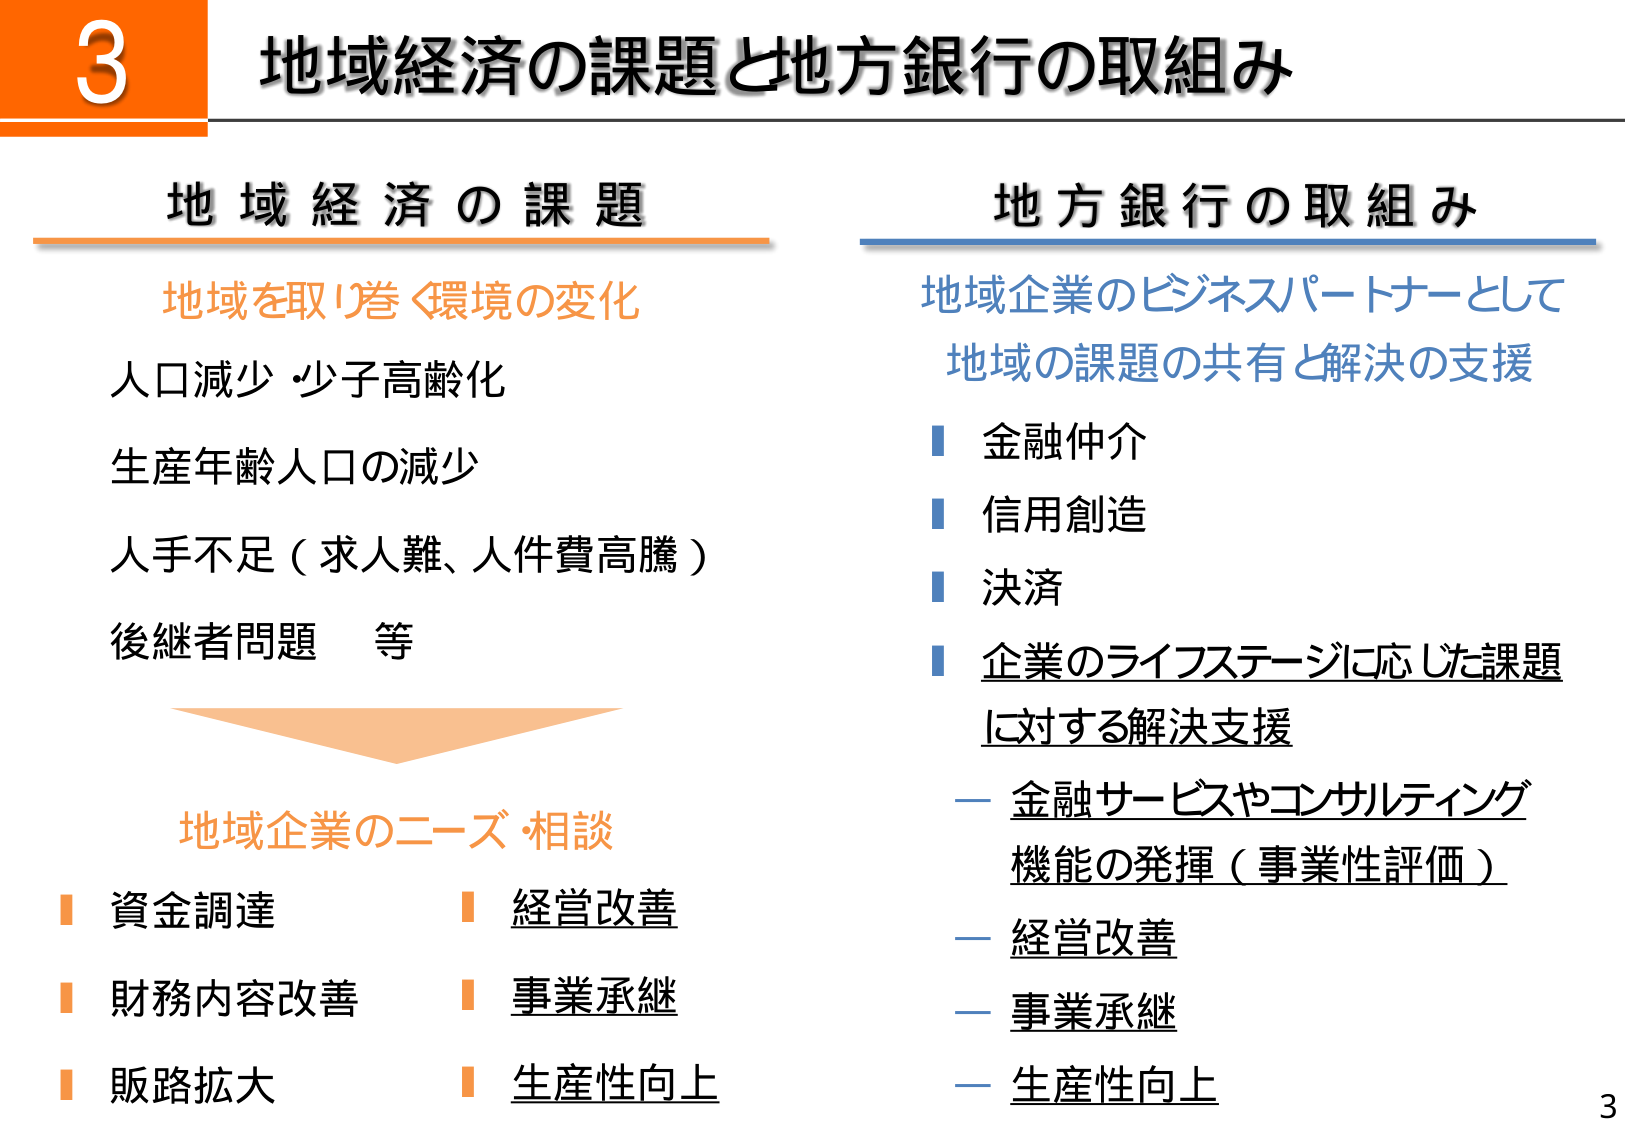
3 地域経済の課題と地方銀行の取組み

地域経済の課題
地域を取り巻く環境の変化
人口減少・少子高齢化
生産年齢人口の減少
人手不足（求人難、人件費高騰）
後継者問題 等

地域企業のニーズ・相談
■ 資金調達
■ 財務内容改善
■ 販路拡大
■ 経営改善
■ 事業承継
■ 生産性向上

地方銀行の取組み
地域企業のビジネスパートナーとして
地域の課題の共有と解決の支援
■ 金融仲介
■ 信用創造
■ 決済
■ 企業のライフステージに応じた課題
に対する解決支援
　－ 金融サービスやコンサルティング
　　機能の発揮（事業性評価）
　－ 経営改善
　－ 事業承継
　－ 生産性向上

3